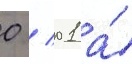
0 / 01 а́